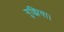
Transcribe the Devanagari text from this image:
गुझिया।